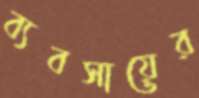
ব্যবসায়ের